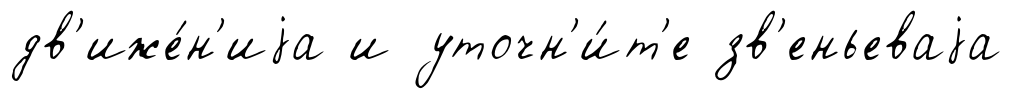
дв'иже́н'иjа и уточн'и́т'е зв'еньеваjа